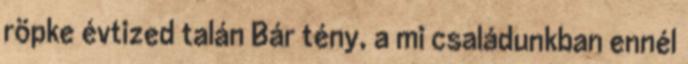
röpke évtized talán Bár tény, a mi családunkban ennél